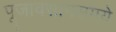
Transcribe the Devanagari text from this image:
पूजावसानसमये